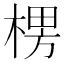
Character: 𣕶